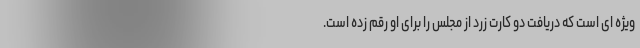
ویژه ای است که دریافت دو کارت زرد از مجلس را برای او رقم زده است.